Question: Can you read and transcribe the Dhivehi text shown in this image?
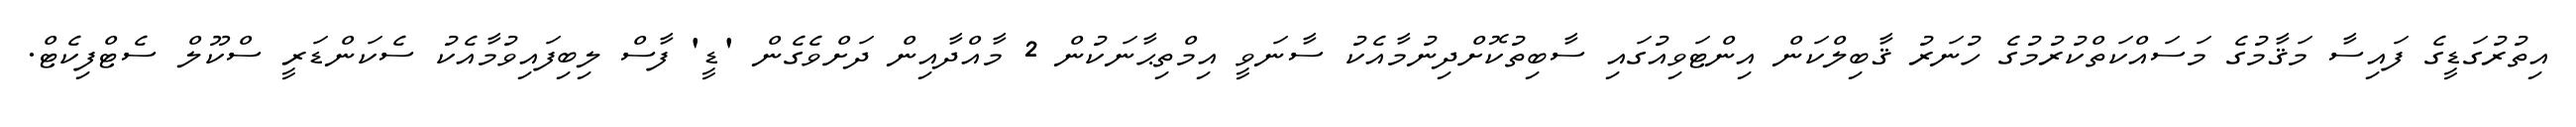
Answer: އިތުރުގަޑީގެ ފައިސާ މަޤާމުގެ މަސައްކަތްކުރުމުގެ ހުނަރު ޤާބިލްކަން އިންޓަވިއުގައި ސާބިތުކޮށްދިނުމާއެކު ސާނަވީ އިމްތިޙާނަކުން 2 މާއްދާއިން ދަށްވެގެން 'ޑީ' ފާސް ލިބިފައިވުމާއެކު ސެކަންޑަރީ ސްކޫލް ސެޓްފިކެޓް.